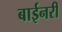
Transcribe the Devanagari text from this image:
बाईनरी